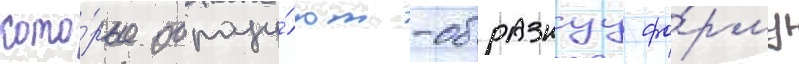
кото́рые образу́ют -образнуу фо́рму